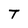
Character: T